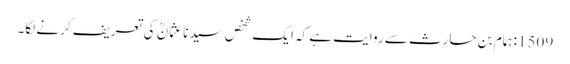
1509: ہمام بن حارث سے روایت ہے کہ ایک شخص سیدنا عثمانؓ کی تعریف کرنے لگا۔